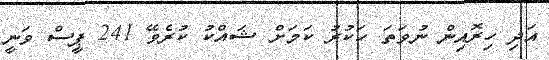
އަދި ހިރޮއިން ނުވަތަ ހަކުރު ކަމަށް ޝައްކު ކުރެވޭ 241 ޕީސް ވަނީ